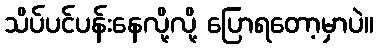
သိပ်ပင်ပန်းနေလို့လို့ ပြောရတော့မှာပဲ။